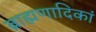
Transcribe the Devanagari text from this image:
ब्राह्मणादिकां